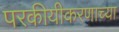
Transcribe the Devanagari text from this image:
परकीयीकरणाच्या